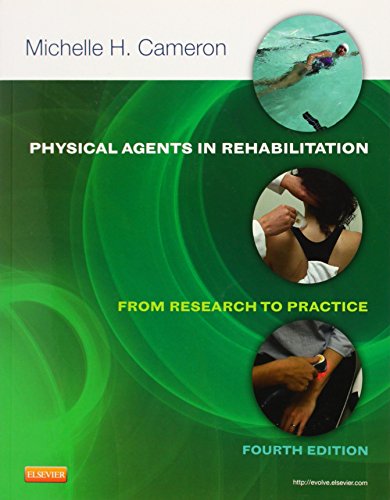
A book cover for Physical Agents in Rehabilitation: From Research to Practice, 4e; Michelle H. Cameron MD  PT  OCS; Medical Books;